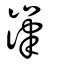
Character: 嵂